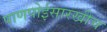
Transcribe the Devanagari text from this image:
पाणपोईसारखीच